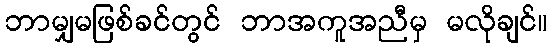
ဘာမျှမဖြစ်ခင်တွင် ဘာအကူအညီမှ မလိုချင်။